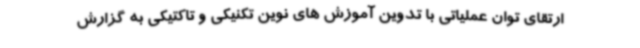
ارتقای توان عملیاتی با تدوین آموزش های نوین تکنیکی و تاکتیکی به گزارش